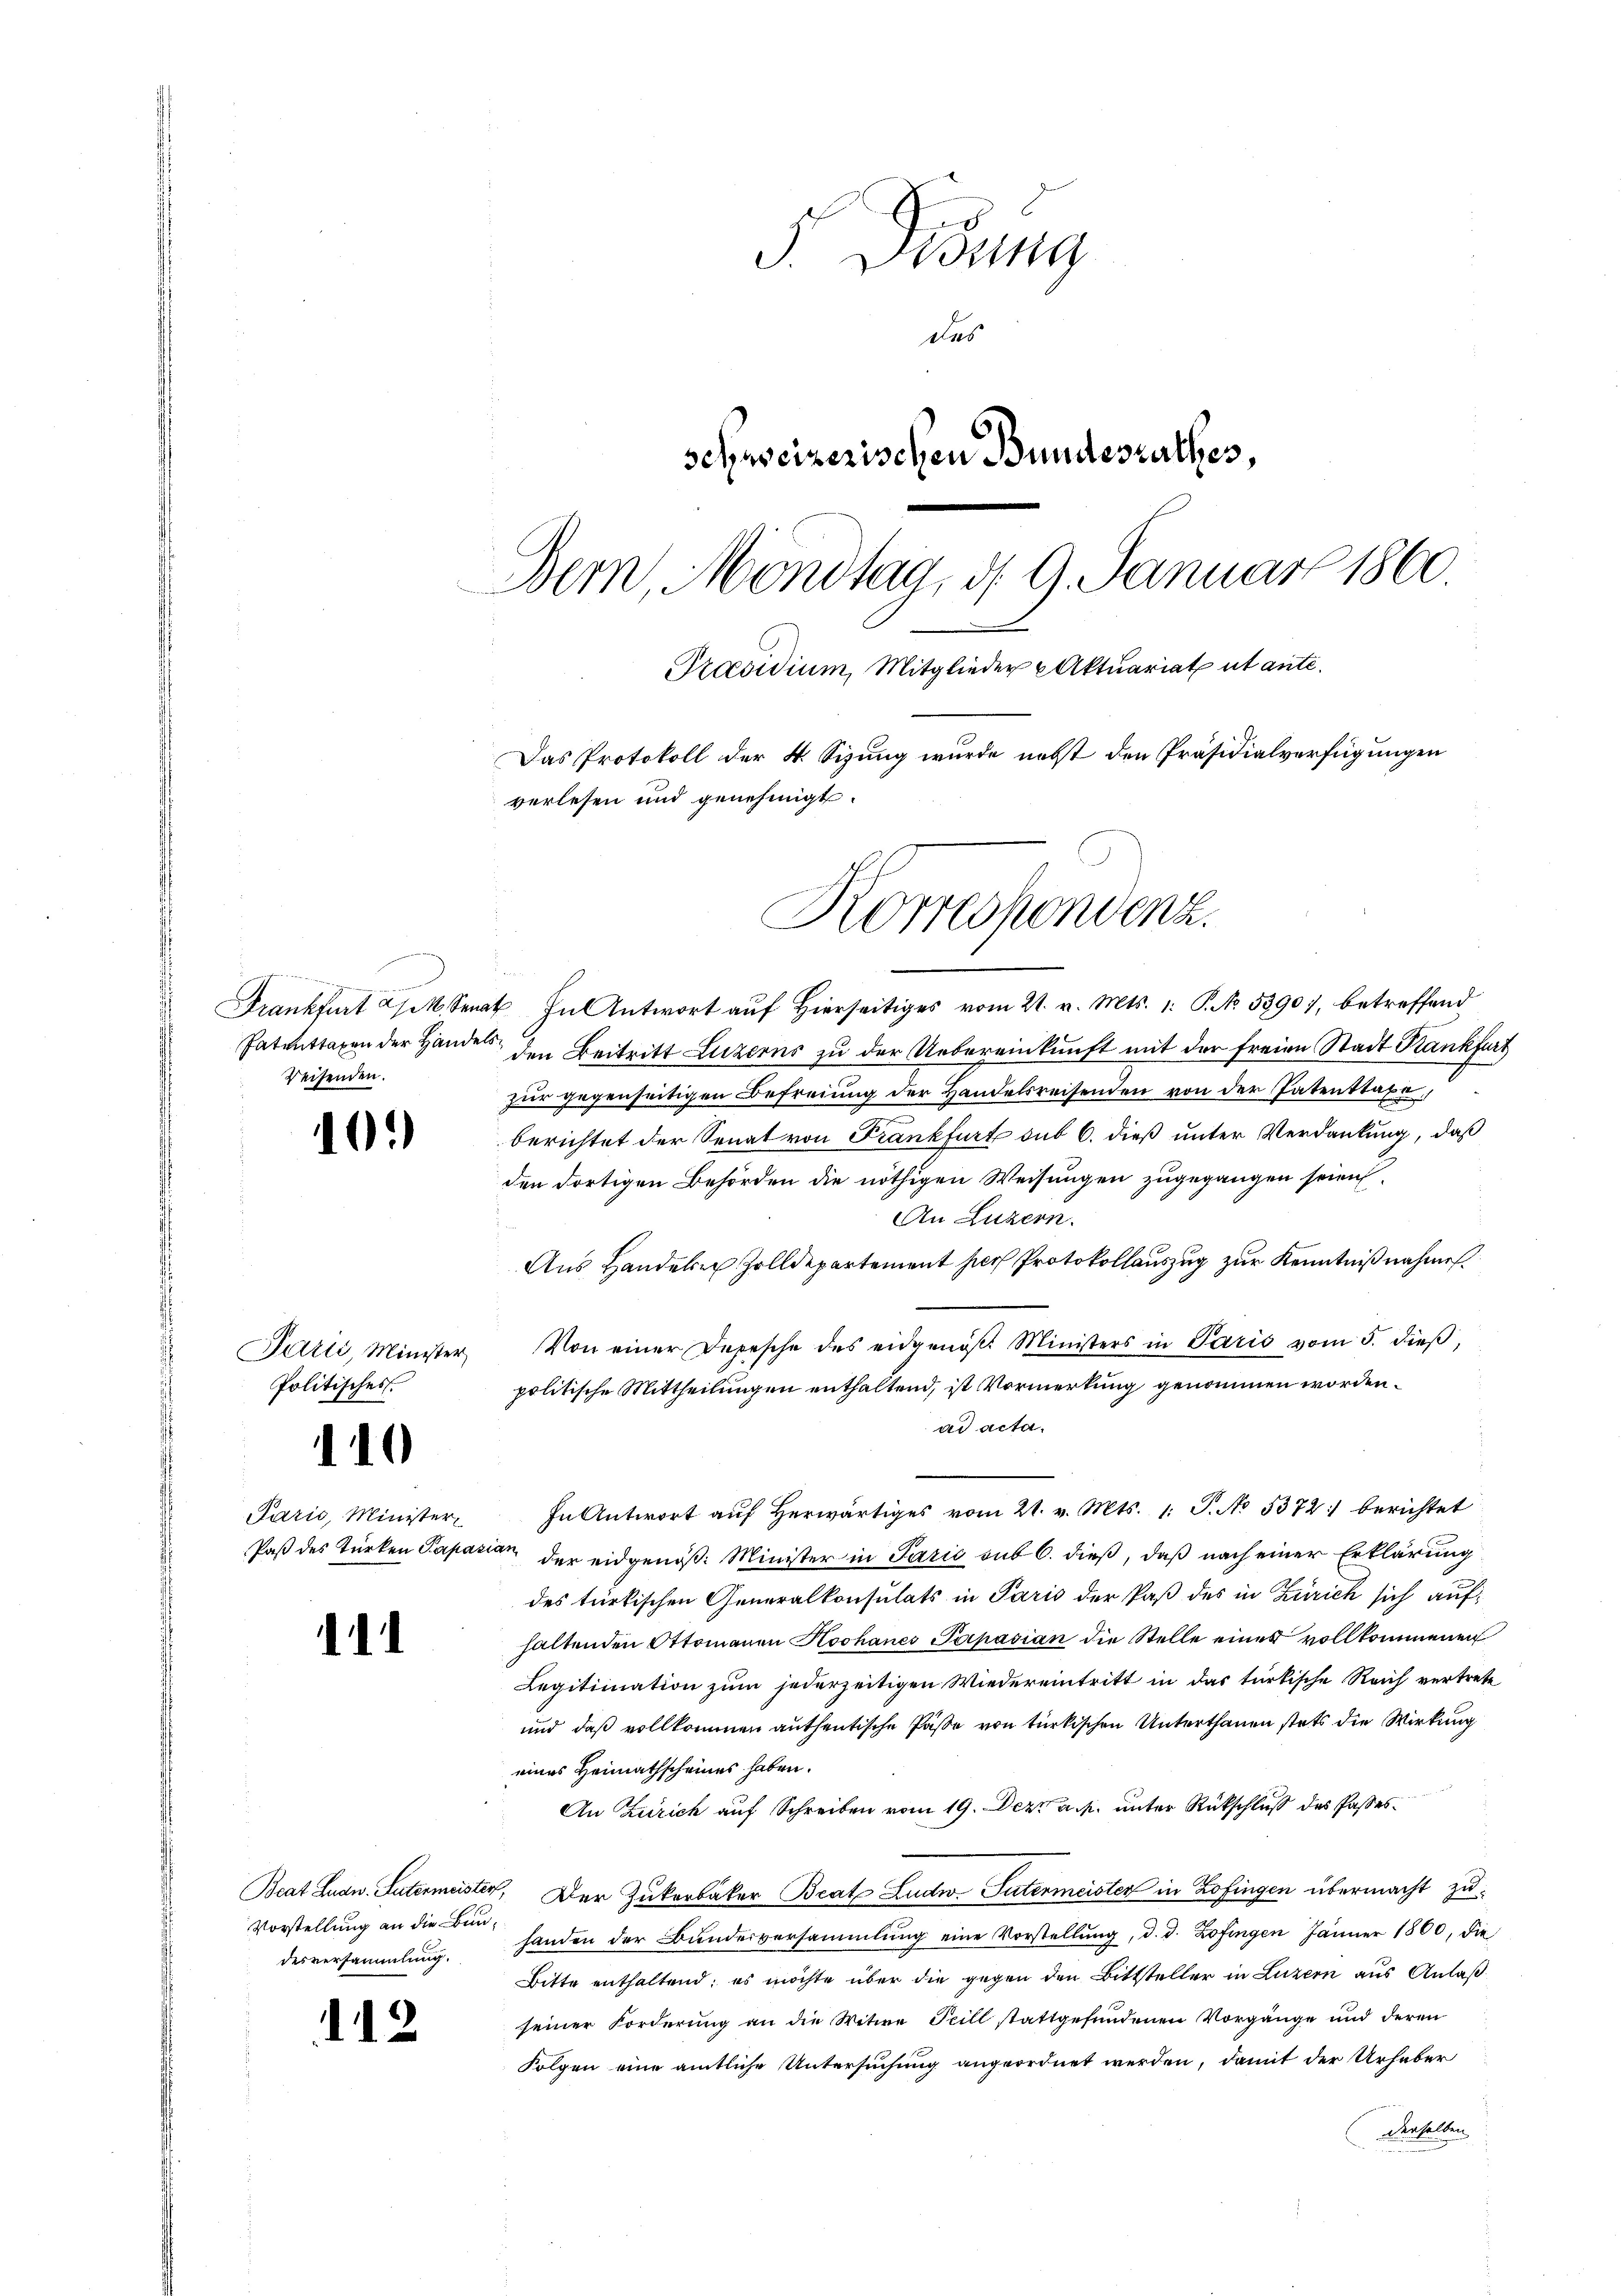
.
Frankfurt a/10. Sei
Patenttaxen der Hande
Weisenden.

102)

Purić, Minister
Politisches

110

Paris, Minister
Paß des Türken Papazi

1

desversammlung.

.12.

Dosung
des
schweizerischen Bundesrathes,
Bern, Mondtag, d. 9. Januar 1860.
Präsidium, Mitglieder Aktuariat ut ante.
Das Protokoll der 4. Sizung wurde nebst den Präsidialverfügungen
verlesen und genehmigt.

Korrechendenz.

4. In Antwort auf Hierseitiges vom 21. v. Mts. 1. P. No. 5390), betreffend
 den Beitritt Luzerns zu der Uebereinkunft mit der freien Stadt Krankfurt
zur gegenseitigen Befreiung der Handelsreisenden von der Patenttaxe
berichtet der Senat von Frankfurt sub 6. dieß unter Verdankung, daß
den dortigen Behörden die nöthigen Weisungen zugegangen seien.
An Luzern.
Aus Handeln Zolldepartement hier Protokollauszug zur Kenntniß nahmen.
Von einer Depesche des eidgenöβ. Ministers in Paris vom 5. dieβ,
politische Mittheilungen enthaltend, ist Vormerkung genommen worden.
ad acta.
In Antwort aŭf herwärtiges vom 21. v. Mts. 1. J. No. 5372: berichtet
an
der eidgenöß: Minister in Paris sub 6. dieß, daß nach einer Erklärung
des türkischen Generalkonsulats in Paris der Paß des in Zürich sich aufhaltenden Ottomanen Hochanes Papasian die Stelle eines vollkommenen
Legitimation zum jederzeitigen Wiedereintritt in das türkische Reich vertrete
und daß vollkommen authentische Pässe von türkischen Unterthanen stets die Wirkung
eines Heimathscheines haben.
An Zürich auf Schreiben vom 19. Dez. a. M. unter Rückschluß des Passes
Beat Ludw. Intermeister, Der Zukerbäker Beat Ludw. Tutenmeister in Zofingen übermacht zu¬
Vorstellung an die Bun handen der Bundesversammlung eine Vorstellung, d. d. Zofingen Jänner 1800, die
Bitte enthaltend; es möchte über die gegen den Bittsteller in Luzern aus Anlaß
seiner Forderung an die Witwe Teill stattgefundenen Vorgänge und deren
Folgen eine amtliche Untersuchung angeordnet werden, damit der Urhaber
enselben